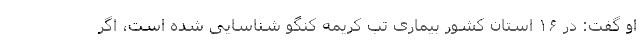
او گفت: در ۱۶ استان کشور بیماری تب کریمه کنگو شناسایی شده است، اگر